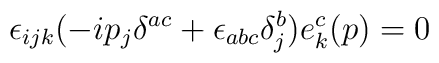
\epsilon_{ijk} (-i p_j \delta^{ac} +\epsilon_{abc} \delta_j^b ) e_k^c (p)=0